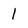
Character: 1